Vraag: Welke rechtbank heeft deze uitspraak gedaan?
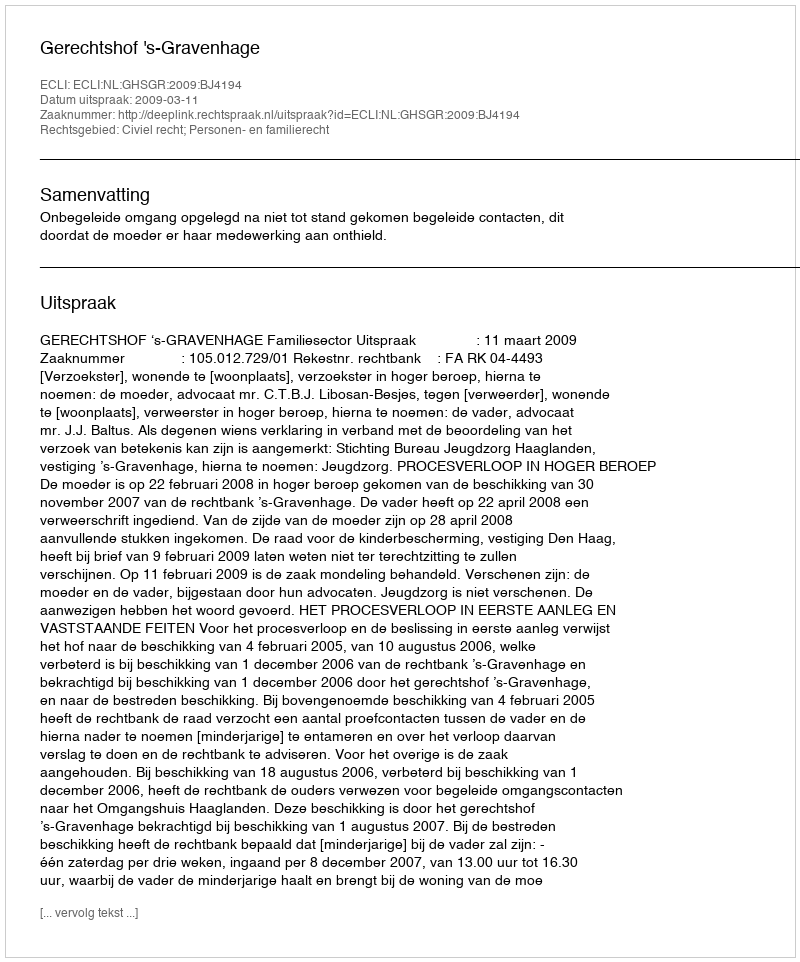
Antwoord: Gerechtshof 's-Gravenhage